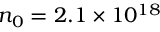
n _ { 0 } = 2 . 1 \times 1 0 ^ { 1 8 }